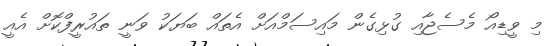
މި ވީޑިއޯ މެސެޖާއި ގުޅިގެން މައިސަމްއަށް އެތައް ބަޔަކު ވަނީ ތައުރީފްކޮށް އެއީ